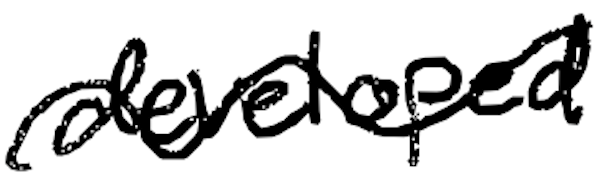
Text: developed
Cross-out: wave
Writing tool: digital_black